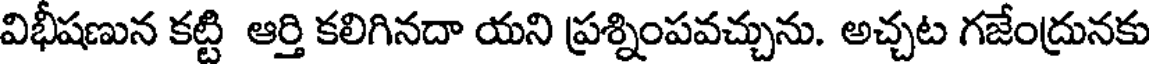
విభీషణున కట్టి ఆర్తి కలిగినదా యని ప్రశ్నింపవచ్చును. అచ్చట గజేంద్రునకు